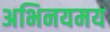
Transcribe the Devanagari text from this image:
अभिनयमय